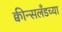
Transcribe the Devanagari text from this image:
क्वीन्सलँडच्या